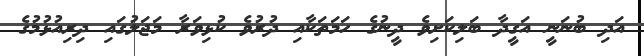
އަދި ބުނަނީ އަގީދާ ބަލިކަށިވެ ދީނުގެ ހަމަތަކާއި ދުރުވެ ކުޅިވަރާ މަޖަލުގައި ދިރިއުޅުމުގެ